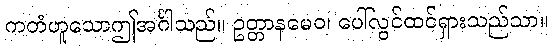
ကတံဟူသောဤအင်္ဂါသည်။ ဥတ္တာနမေဝ၊ ပေါ်လွင်ထင်ရှားသည်သာ။